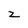
Character: z